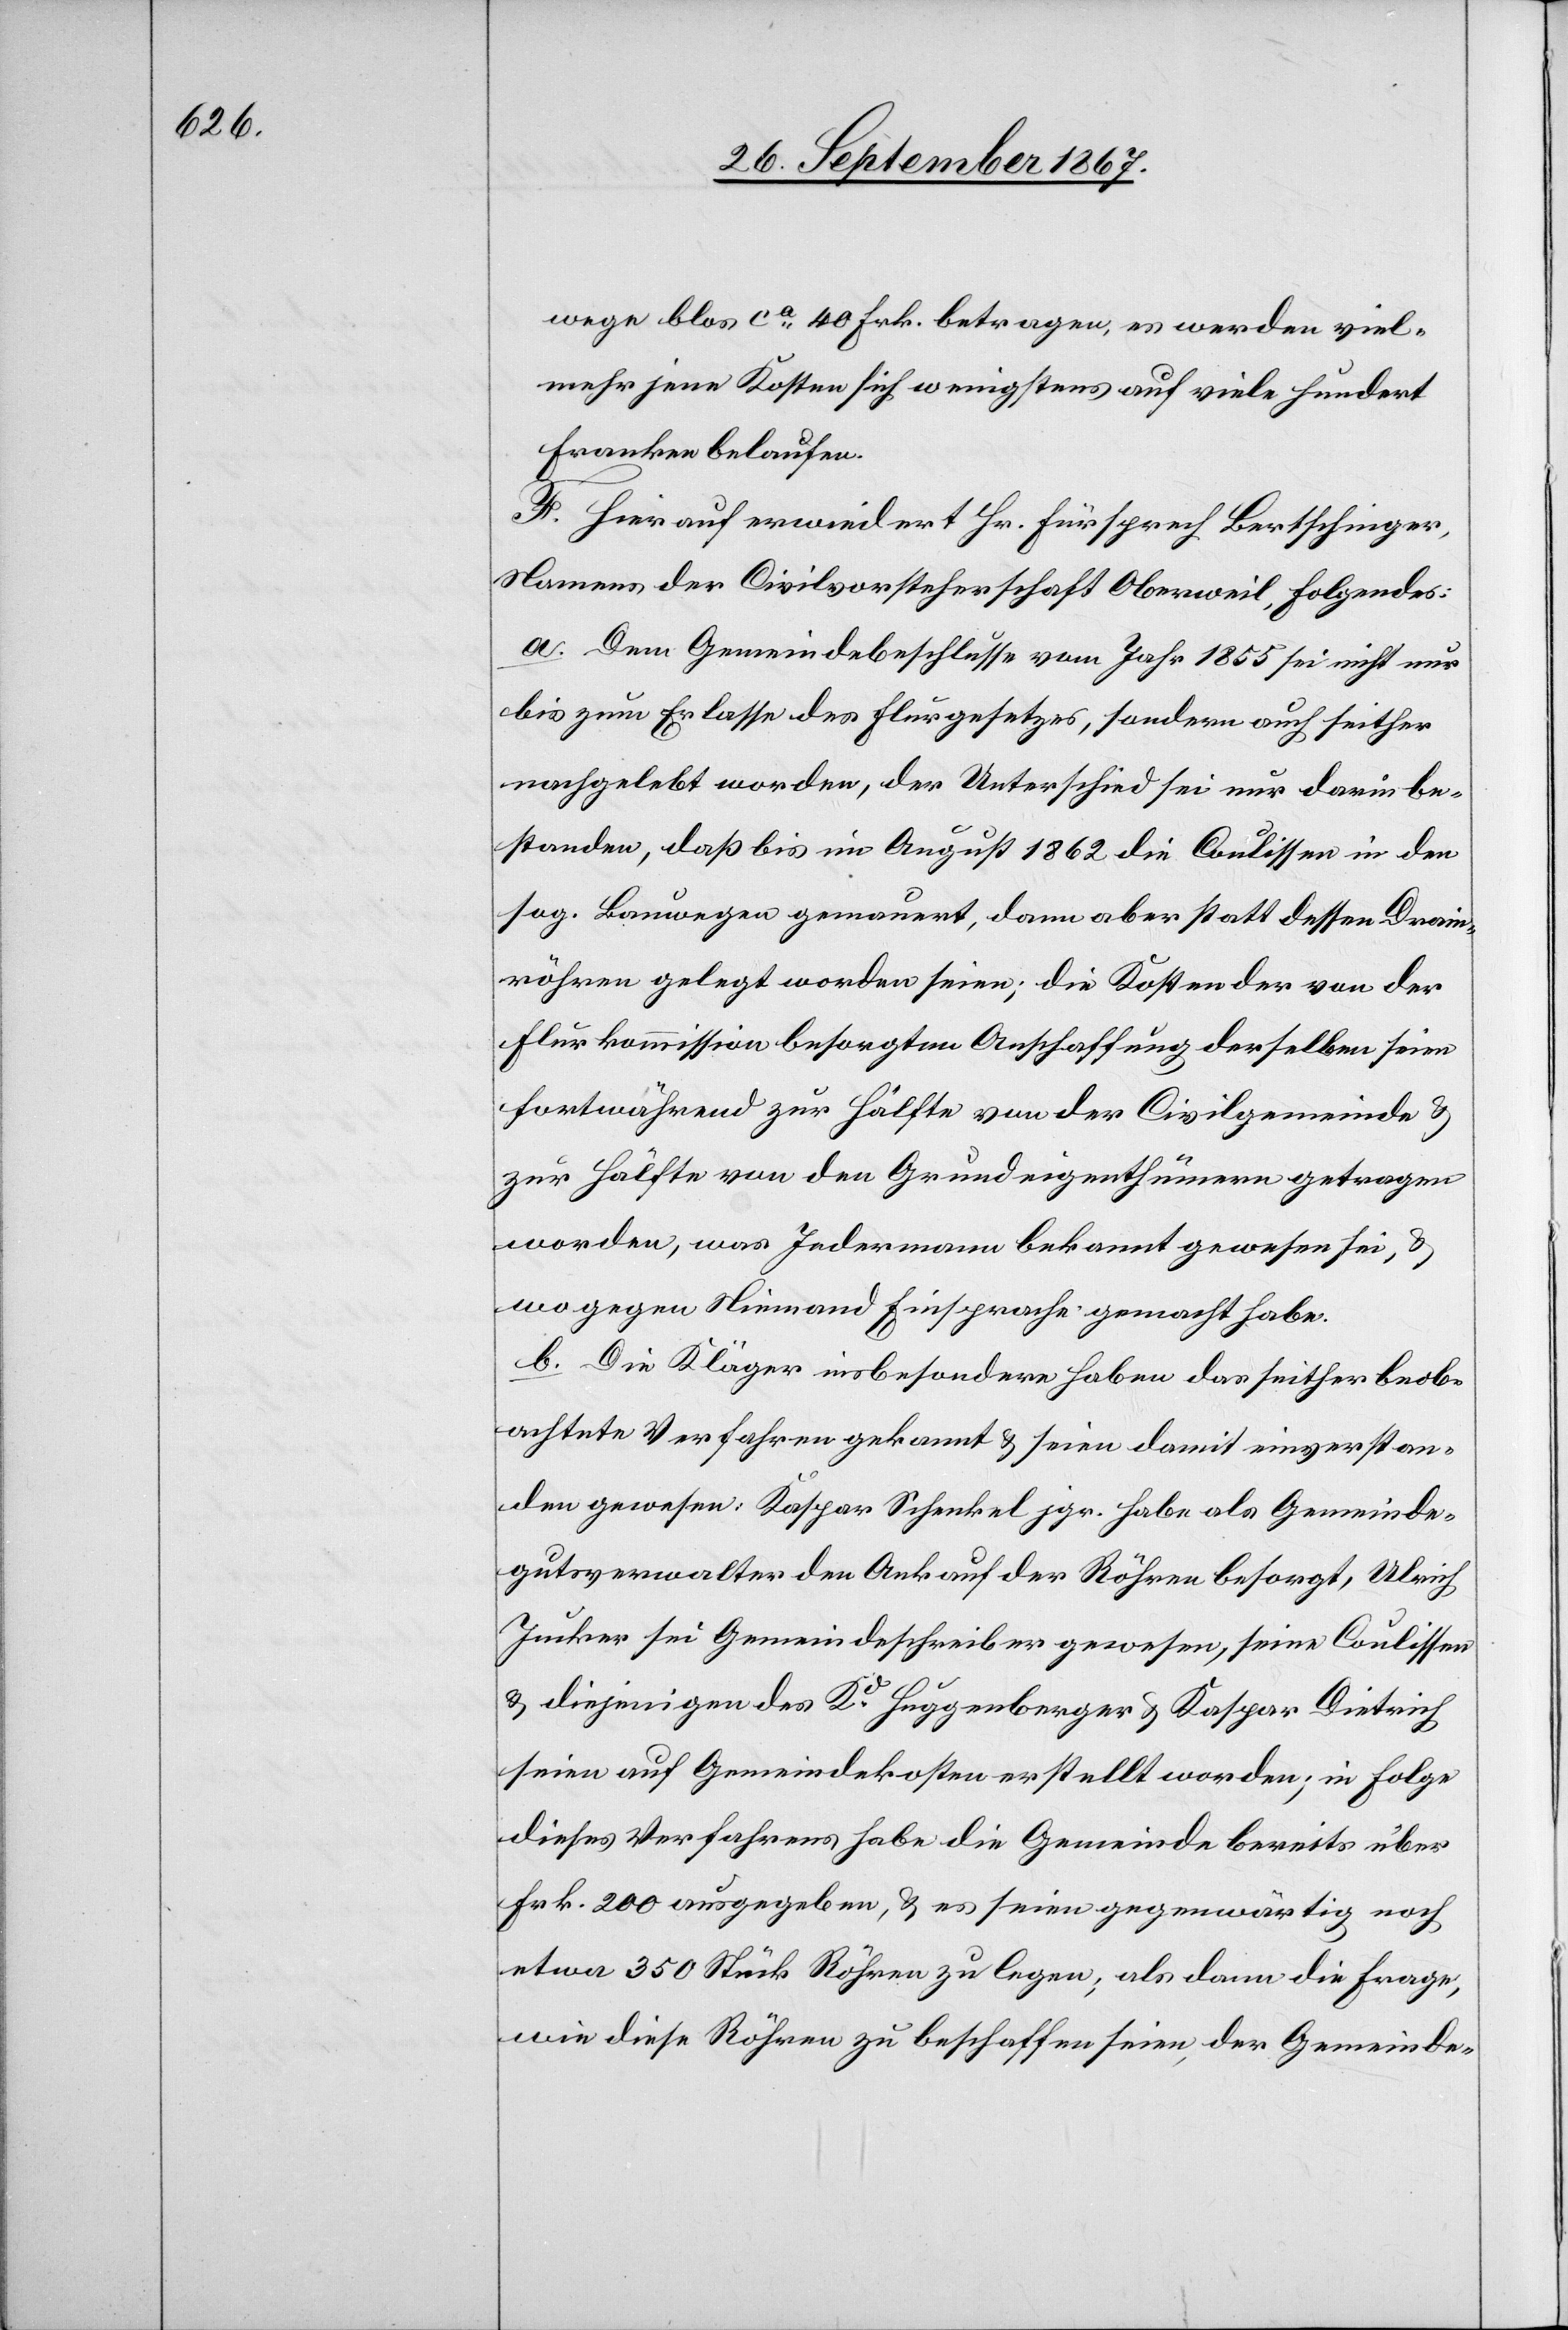
wege blos ca. 40 Frk. betragen, es werden viel¬
mehr jene Kosten sich wenigstens auf viele hundert
Franken belaufen.
F. Hier auf erwiedert Hr. Fürsprech Bertschinger,
Namens der Civilvorsteherschaft Oberweil, Folgendes:
a. dem Gemeindebeschlusse vom Jahr 1855 sei nicht nur
bis zum Erlasse des Flurgesetzes, sondern auch seither
nachgelebt worden, der Unterschied sei nur darin be¬
standen, daß bis im August 1862 die Coulissen in den
sog. Bauwegen gemauert, dann aber statt dessen Drain¬
röhren gelegt worden seien; die Kosten der von der
Flurkommission besorgten Anschaffung derselben seien
fortwährend zur Hälfte von der Civilgemeinde u.
zur Hälfte von den Grundeigenthümern getragen
worden, was Jedermann bekannt gewesen sei u.
wo gegen Niemand Einsprache gemacht habe.
b. Die Kläger insbesondere haben das seither beob¬
achtete Verfahren gekannt u. seien damit einverstan¬
den gewesen: Kaspar Schenkel jgr. habe als Gemeinde¬
gutsverwalter den Ankauf der Röhren besorgt, Ulrich
Junker sei Gemeindeschreiber gewesen, seine Coulissen
u. diejenigen des Kd. Huggenberger u. Kaspar Dietrich
seien auf Gemeindekosten erstellt worden; in Folge
dieses Verfahrens habe die Gemeinde bereits über
Frk. 200 ausgegeben, u. es seien gegenwärtig noch
etwa 350 Stück Röhren zu legen, als dann die Frage,
wie diese Röhren zu beschaffen seien der Gemeinde-